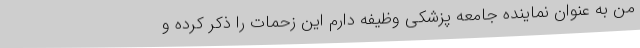
من به عنوان نماینده جامعه پزشکی وظیفه دارم این زحمات را ذکر کرده و